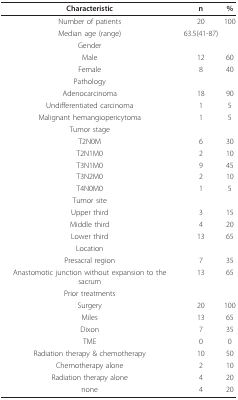
<table><thead><tr><td><b>Characteristic</b></td><td><b>n</b></td><td><b>%</b></td></tr></thead><tbody><tr><td>Number of patients</td><td>20</td><td>100</td></tr><tr><td>Median age (range)</td><td>63.5(41-87)</td><td></td></tr><tr><td>Gender</td><td></td><td></td></tr><tr><td>Male</td><td>12</td><td>60</td></tr><tr><td>Female</td><td>8</td><td>40</td></tr><tr><td>Pathology</td><td></td><td></td></tr><tr><td>Adenocarcinoma</td><td>18</td><td>90</td></tr><tr><td>Undifferentiated carcinoma</td><td>1</td><td>5</td></tr><tr><td>Malignant hemangiopericytoma</td><td>1</td><td>5</td></tr><tr><td>Tumor stage</td><td></td><td></td></tr><tr><td>T2N0M</td><td>6</td><td>30</td></tr><tr><td>T2N1M0</td><td>2</td><td>10</td></tr><tr><td>T3N1M0</td><td>9</td><td>45</td></tr><tr><td>T3N2M0</td><td>2</td><td>10</td></tr><tr><td>T4N0M0</td><td>1</td><td>5</td></tr><tr><td>Tumor site</td><td></td><td></td></tr><tr><td>Upper third</td><td>3</td><td>15</td></tr><tr><td>Middle third</td><td>4</td><td>20</td></tr><tr><td>Lower third</td><td>13</td><td>65</td></tr><tr><td>Location</td><td></td><td></td></tr><tr><td>Presacral region</td><td>7</td><td>35</td></tr><tr><td>Anastomotic junction without expansion to the sacrum</td><td>13</td><td>65</td></tr><tr><td>Prior treatments</td><td></td><td></td></tr><tr><td>Surgery</td><td>20</td><td>100</td></tr><tr><td>Miles</td><td>13</td><td>65</td></tr><tr><td>Dixon</td><td>7</td><td>35</td></tr><tr><td>TME</td><td>0</td><td>0</td></tr><tr><td>Radiation therapy &amp; chemotherapy</td><td>10</td><td>50</td></tr><tr><td>Chemotherapy alone</td><td>2</td><td>10</td></tr><tr><td>Radiation therapy alone</td><td>4</td><td>20</td></tr><tr><td>none</td><td>4</td><td>20</td></tr></tbody></table>